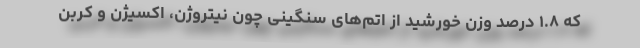
که ۱.۸ درصد وزن خورشید از اتم‌های سنگینی چون نیتروژن، اکسیژن و کربن